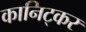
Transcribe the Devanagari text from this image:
कानिट्कर